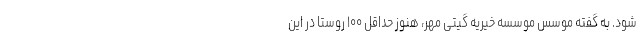
شود. به گفته موسس موسسه خیریه گیتی مهر، هنوز حداقل ۱۰۰ روستا در این